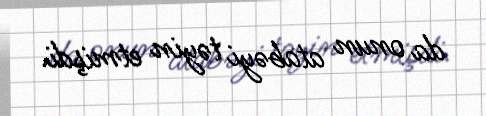
da onun atabəyi təyin etmişdi.